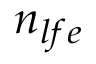
n _ { l f e }